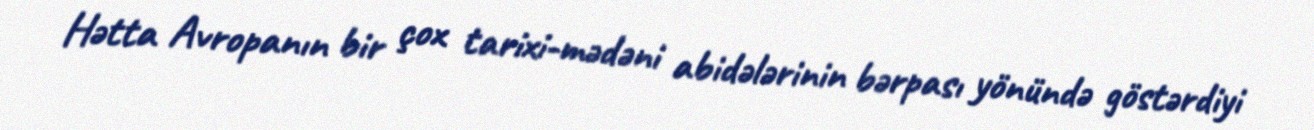
Hətta Avropanın bir çox tarixi-mədəni abidələrinin bərpası yönündə göstərdiyi